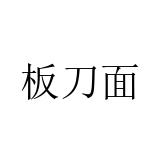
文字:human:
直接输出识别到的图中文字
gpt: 板刀面